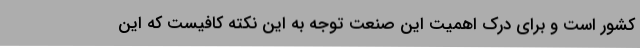
کشور است و برای درک اهمیت این صنعت توجه به این نکته کافیست که این